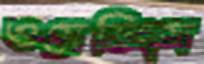
ওয়েডিংস